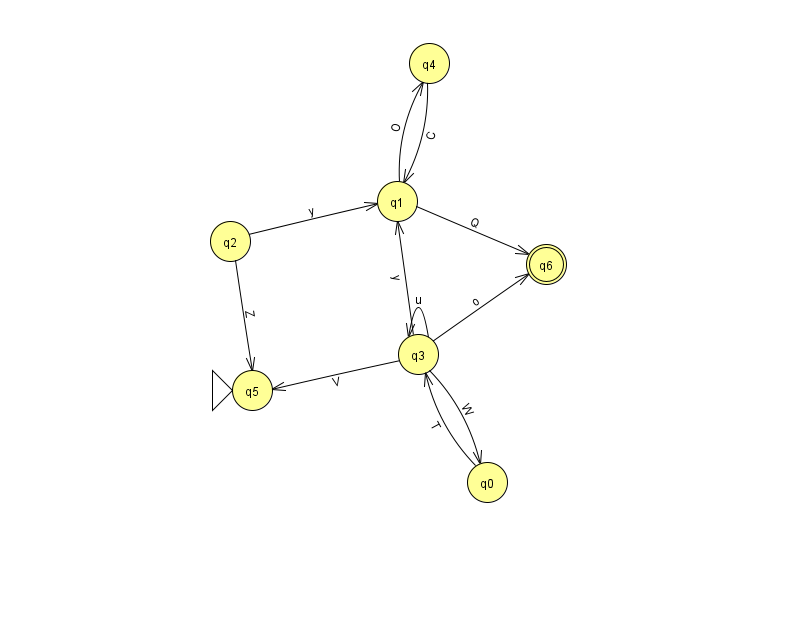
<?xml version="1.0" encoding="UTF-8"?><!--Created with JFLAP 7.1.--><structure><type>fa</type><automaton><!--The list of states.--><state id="0" name="q0"><x>487.0</x><y>469.0</y></state><state id="1" name="q1"><x>397.0</x><y>188.0</y></state><state id="2" name="q2"><x>230.0</x><y>228.0</y></state><state id="3" name="q3"><x>418.0</x><y>341.0</y></state><state id="4" name="q4"><x>429.0</x><y>50.0</y></state><state id="5" name="q5"><x>252.0</x><y>377.0</y><initial/></state><state id="6" name="q6"><x>546.0</x><y>251.0</y><final/></state><!--The list of transitions.--><transition><from>3</from><to>0</to><read>W</read></transition><transition><from>2</from><to>5</to><read>Z</read></transition><transition><from>3</from><to>6</to><read>o</read></transition><transition><from>0</from><to>3</to><read>T</read></transition><transition><from>3</from><to>1</to><read>y</read></transition><transition><from>4</from><to>1</to><read>C</read></transition><transition><from>3</from><to>3</to><read>u</read></transition><transition><from>1</from><to>6</to><read>Q</read></transition><transition><from>2</from><to>1</to><read>y</read></transition><transition><from>1</from><to>4</to><read>O</read></transition><transition><from>3</from><to>5</to><read>V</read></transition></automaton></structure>